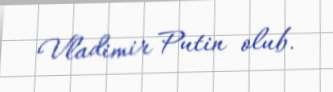
Vladimir Putin olub.